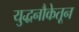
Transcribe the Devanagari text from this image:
युद्धनौकेतून